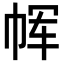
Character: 𫷅